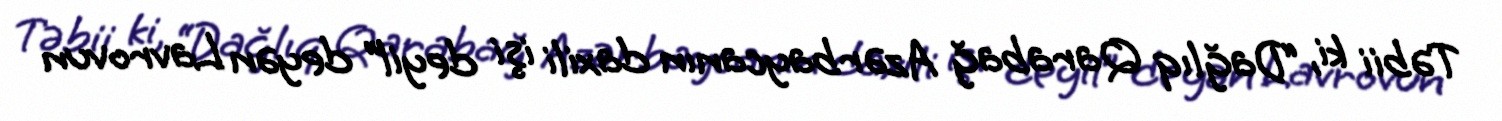
Təbii ki, “Dağlıq Qarabağ Azərbaycanın daxili işi deyil” deyən Lavrovun